Civil Veterinary Department Bihar & Orissa reports 1911-21 - 1911-1921
Year: 1911
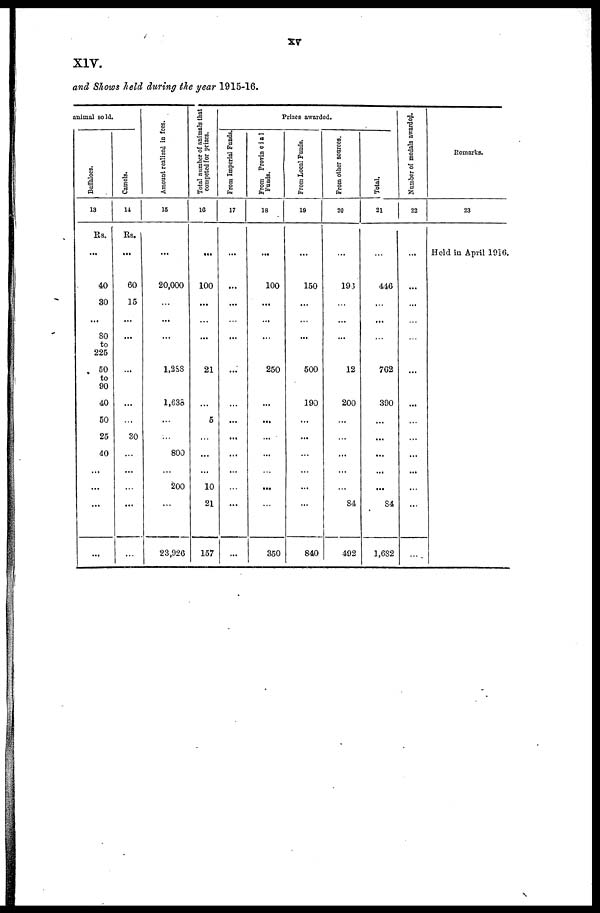
XIV.
and Shows held during the year 1915-16.
animal sold.
Buffaloes.
13
Rs.
...
40
30
...
80
to
225
50
to
90
40
50
25
40
...
...
Camels.
14
Rs.
...
60
15
...
...
...
...
...
...
30
...
...
...
...
Amount realized in fees.
15
...
20,000
...
...
...
...
1,288
1,638
...
...
800
200
...
23,920
Total number of animals that
competed for prizes.
16
....
100
...
...
...
...
21
...
5
...
...
10
21
157
From Imperial Funds.
17
...
...
...
...
...
...
...
...
...
...
...
...
...
...
Prizes awarded.
From Provincia1
Funds.
18
...
100
...
...
...
...
250
...
...
...
...
...
350
From Local Funds.
19
...
150
...
...
...
...
500
190
...
...
...
...
840
From other sources.
20
...
196
...
...
...
...
12
200
...
...
...
...
84
492
Total.
21
...
416
...
...
...
...
762
390
...
...
...
...
S4
1,632
Number of medals awarded.
22
...
...
...
...
...
...
...
...
...
...
...
Remarks.
23
Held in April 1916.